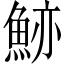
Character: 𩷉